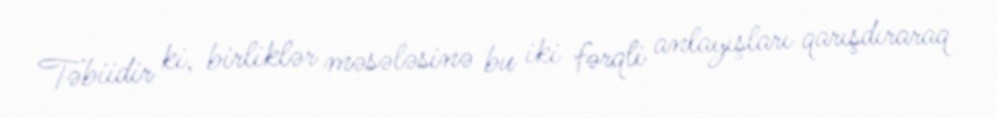
Təbiidir ki, birliklər məsələsinə bu iki fərqli anlayışları qarışdıraraq